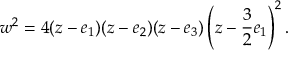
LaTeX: w ^ { 2 } = 4 ( z - e _ { 1 } ) ( z - e _ { 2 } ) ( z - e _ { 3 } ) \left( z - { \frac { 3 } { 2 } } e _ { 1 } \right) ^ { 2 } .